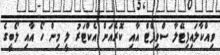
ވިއްކާލައިފިޓޭލާ ސްވިފްޓް އާއި ކޮރެއަން އެކްޓަރު ލީ މިން ހޯ އާއި ލޯބީގެ